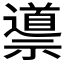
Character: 𱵯